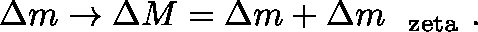
\Delta m \rightarrow \Delta M = \Delta m + \Delta m _ { \mathrm { \boldmath ~ \ z e t a ~ } } .